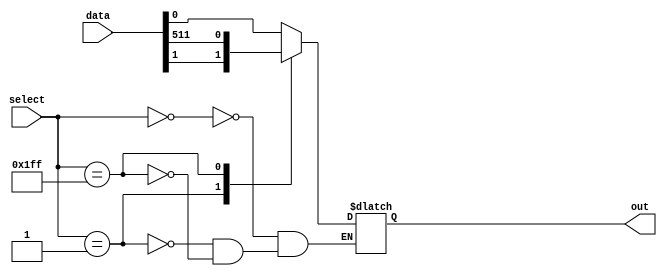
module mux512to1 (
    input [511:0] data,
    input [8:0] select,
    output reg out
);

always @ (data, select)
begin
    case (select)
        9'b000000000: out = data[0];
        9'b000000001: out = data[1];
        // Add cases for all 512 inputs here
        9'b111111111: out = data[511];
    endcase
end

endmodule